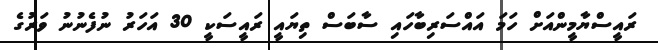
ރައީސްޔާމީންއަށް ހަމަ އައްސަރިބާހައި ސާބަސް ތިޔައީ ރައީސަކީ 30 އަހަރު ނުފެނުނު ވަރުގެ